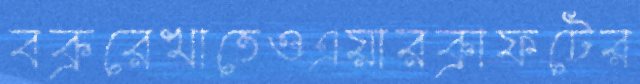
বক্ররেখাতেওএয়ারক্রাফটের